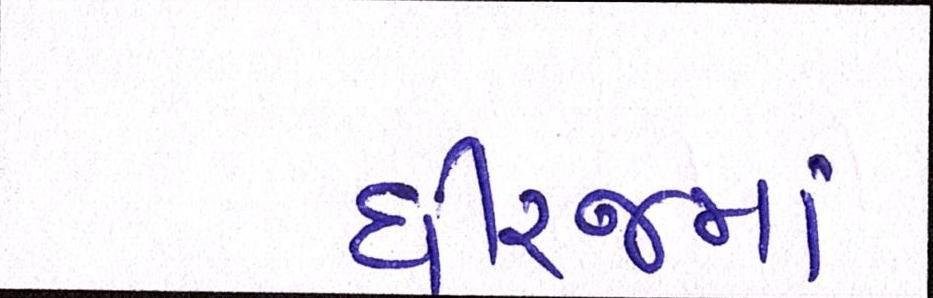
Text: ધીરજમાં